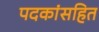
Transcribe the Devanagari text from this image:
पदकांसहित